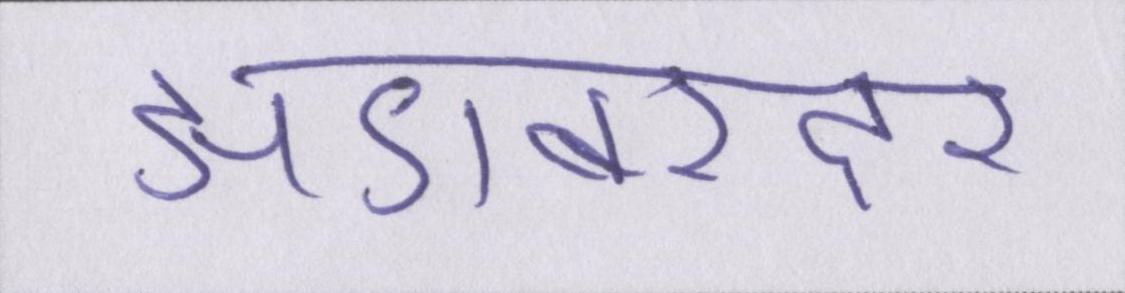
झंडाबरदार